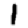
Digit: 1